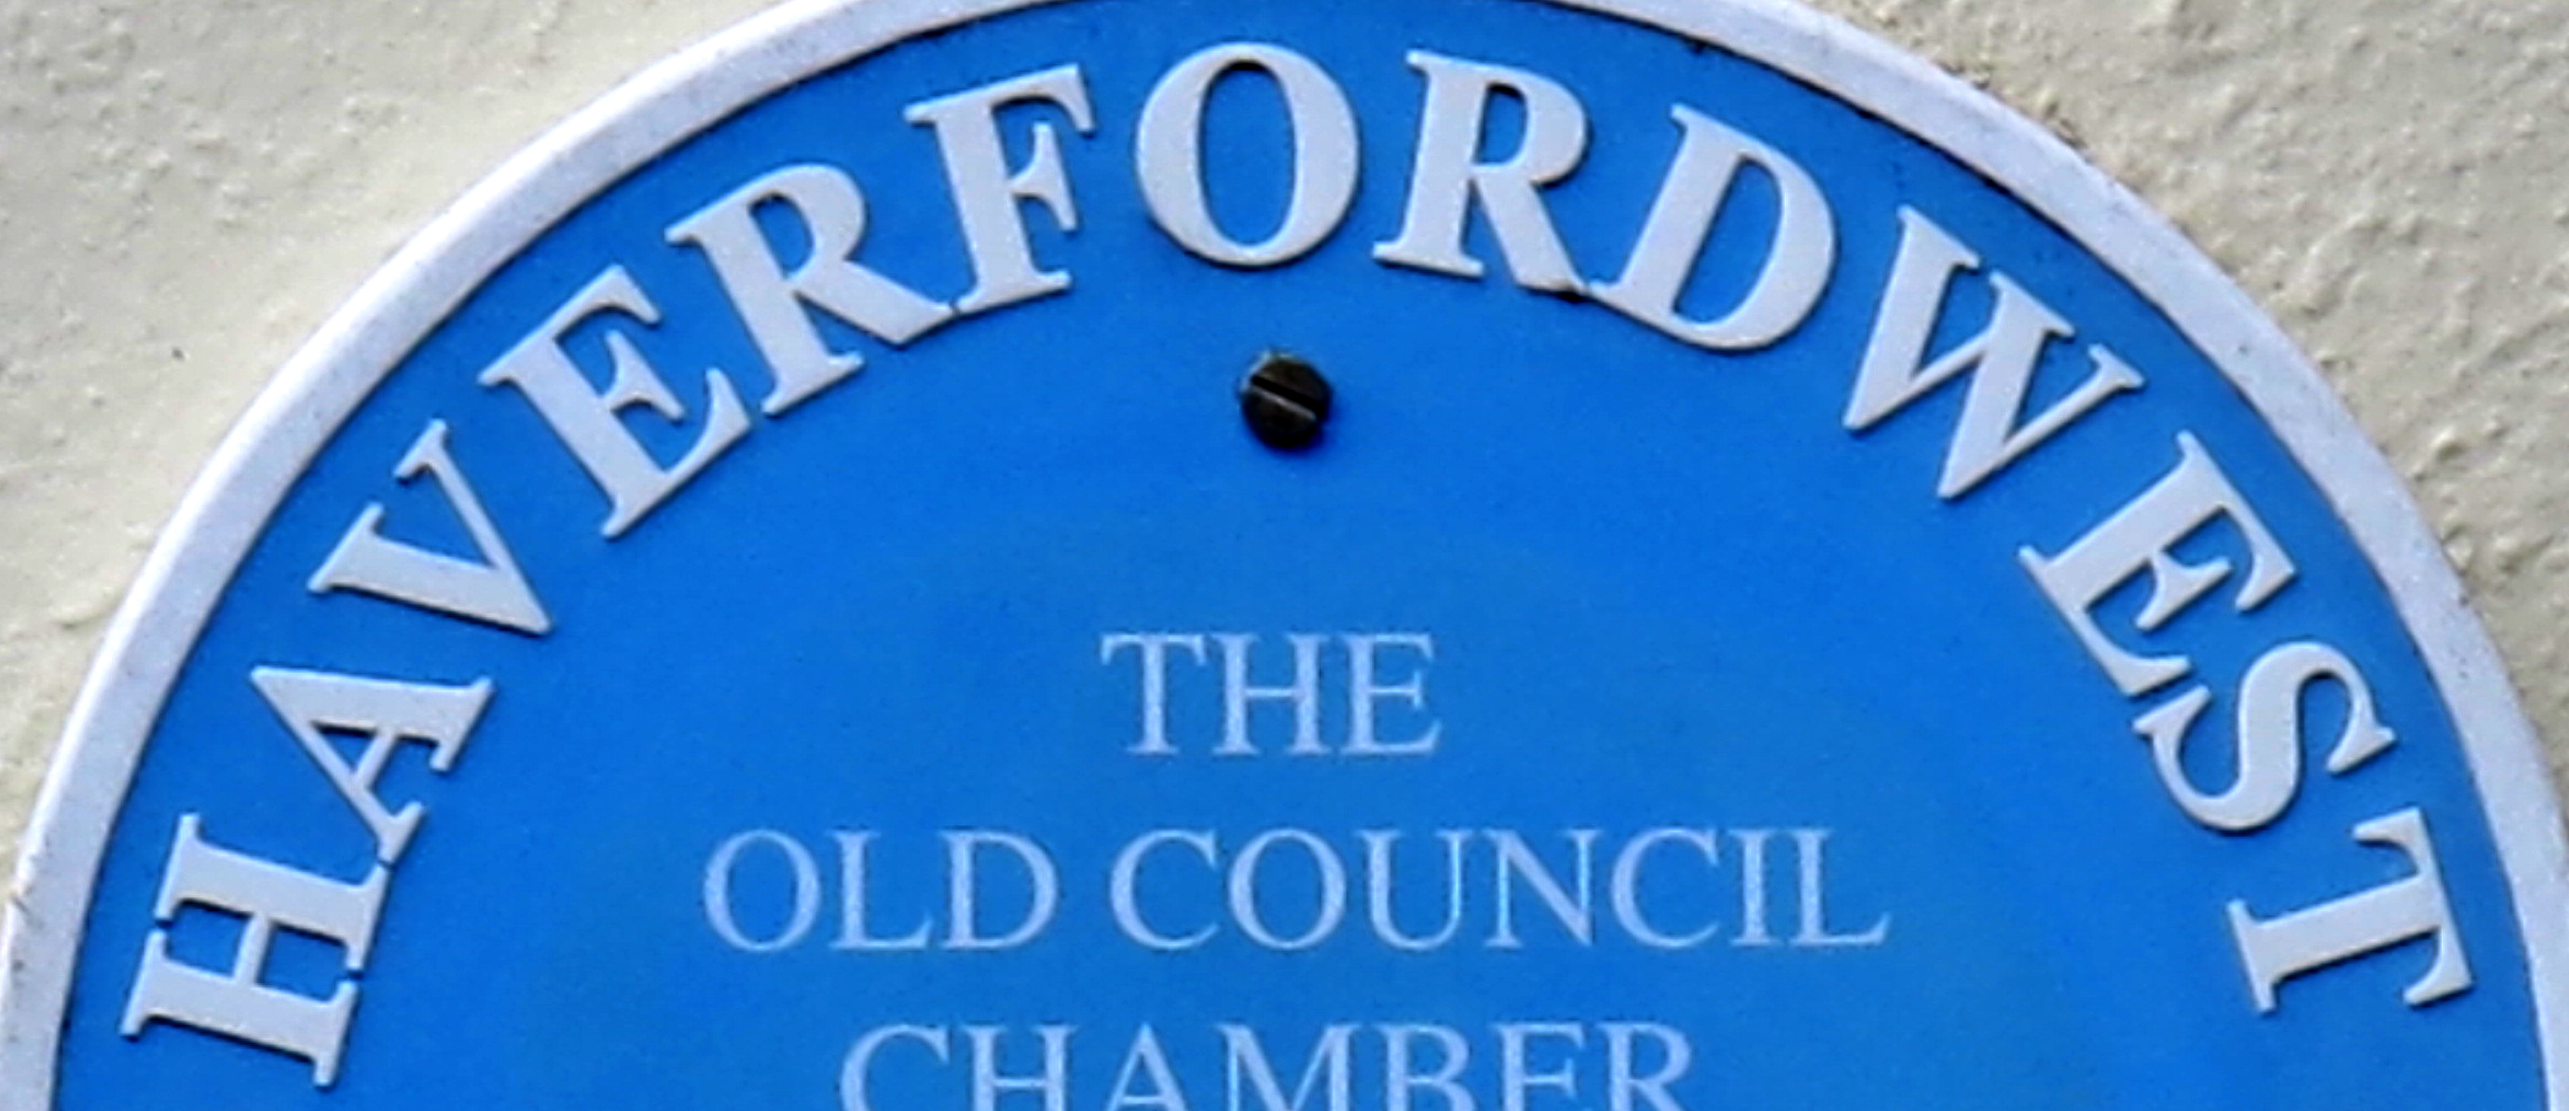
HAVERFORDWEST